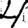
Digit: 4